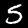
Digit: 5